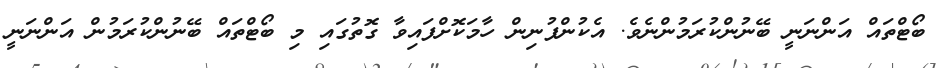
ބޯޓްތައް އަންނަނީ ބޭނުންކުރަމުންނެވެ. އެކުންފުނިން ހާމަކޮށްފައިވާ ގޮތުގައި މި ބޯޓްތައް ބޭނުންކުރަމުން އަންނަނީ